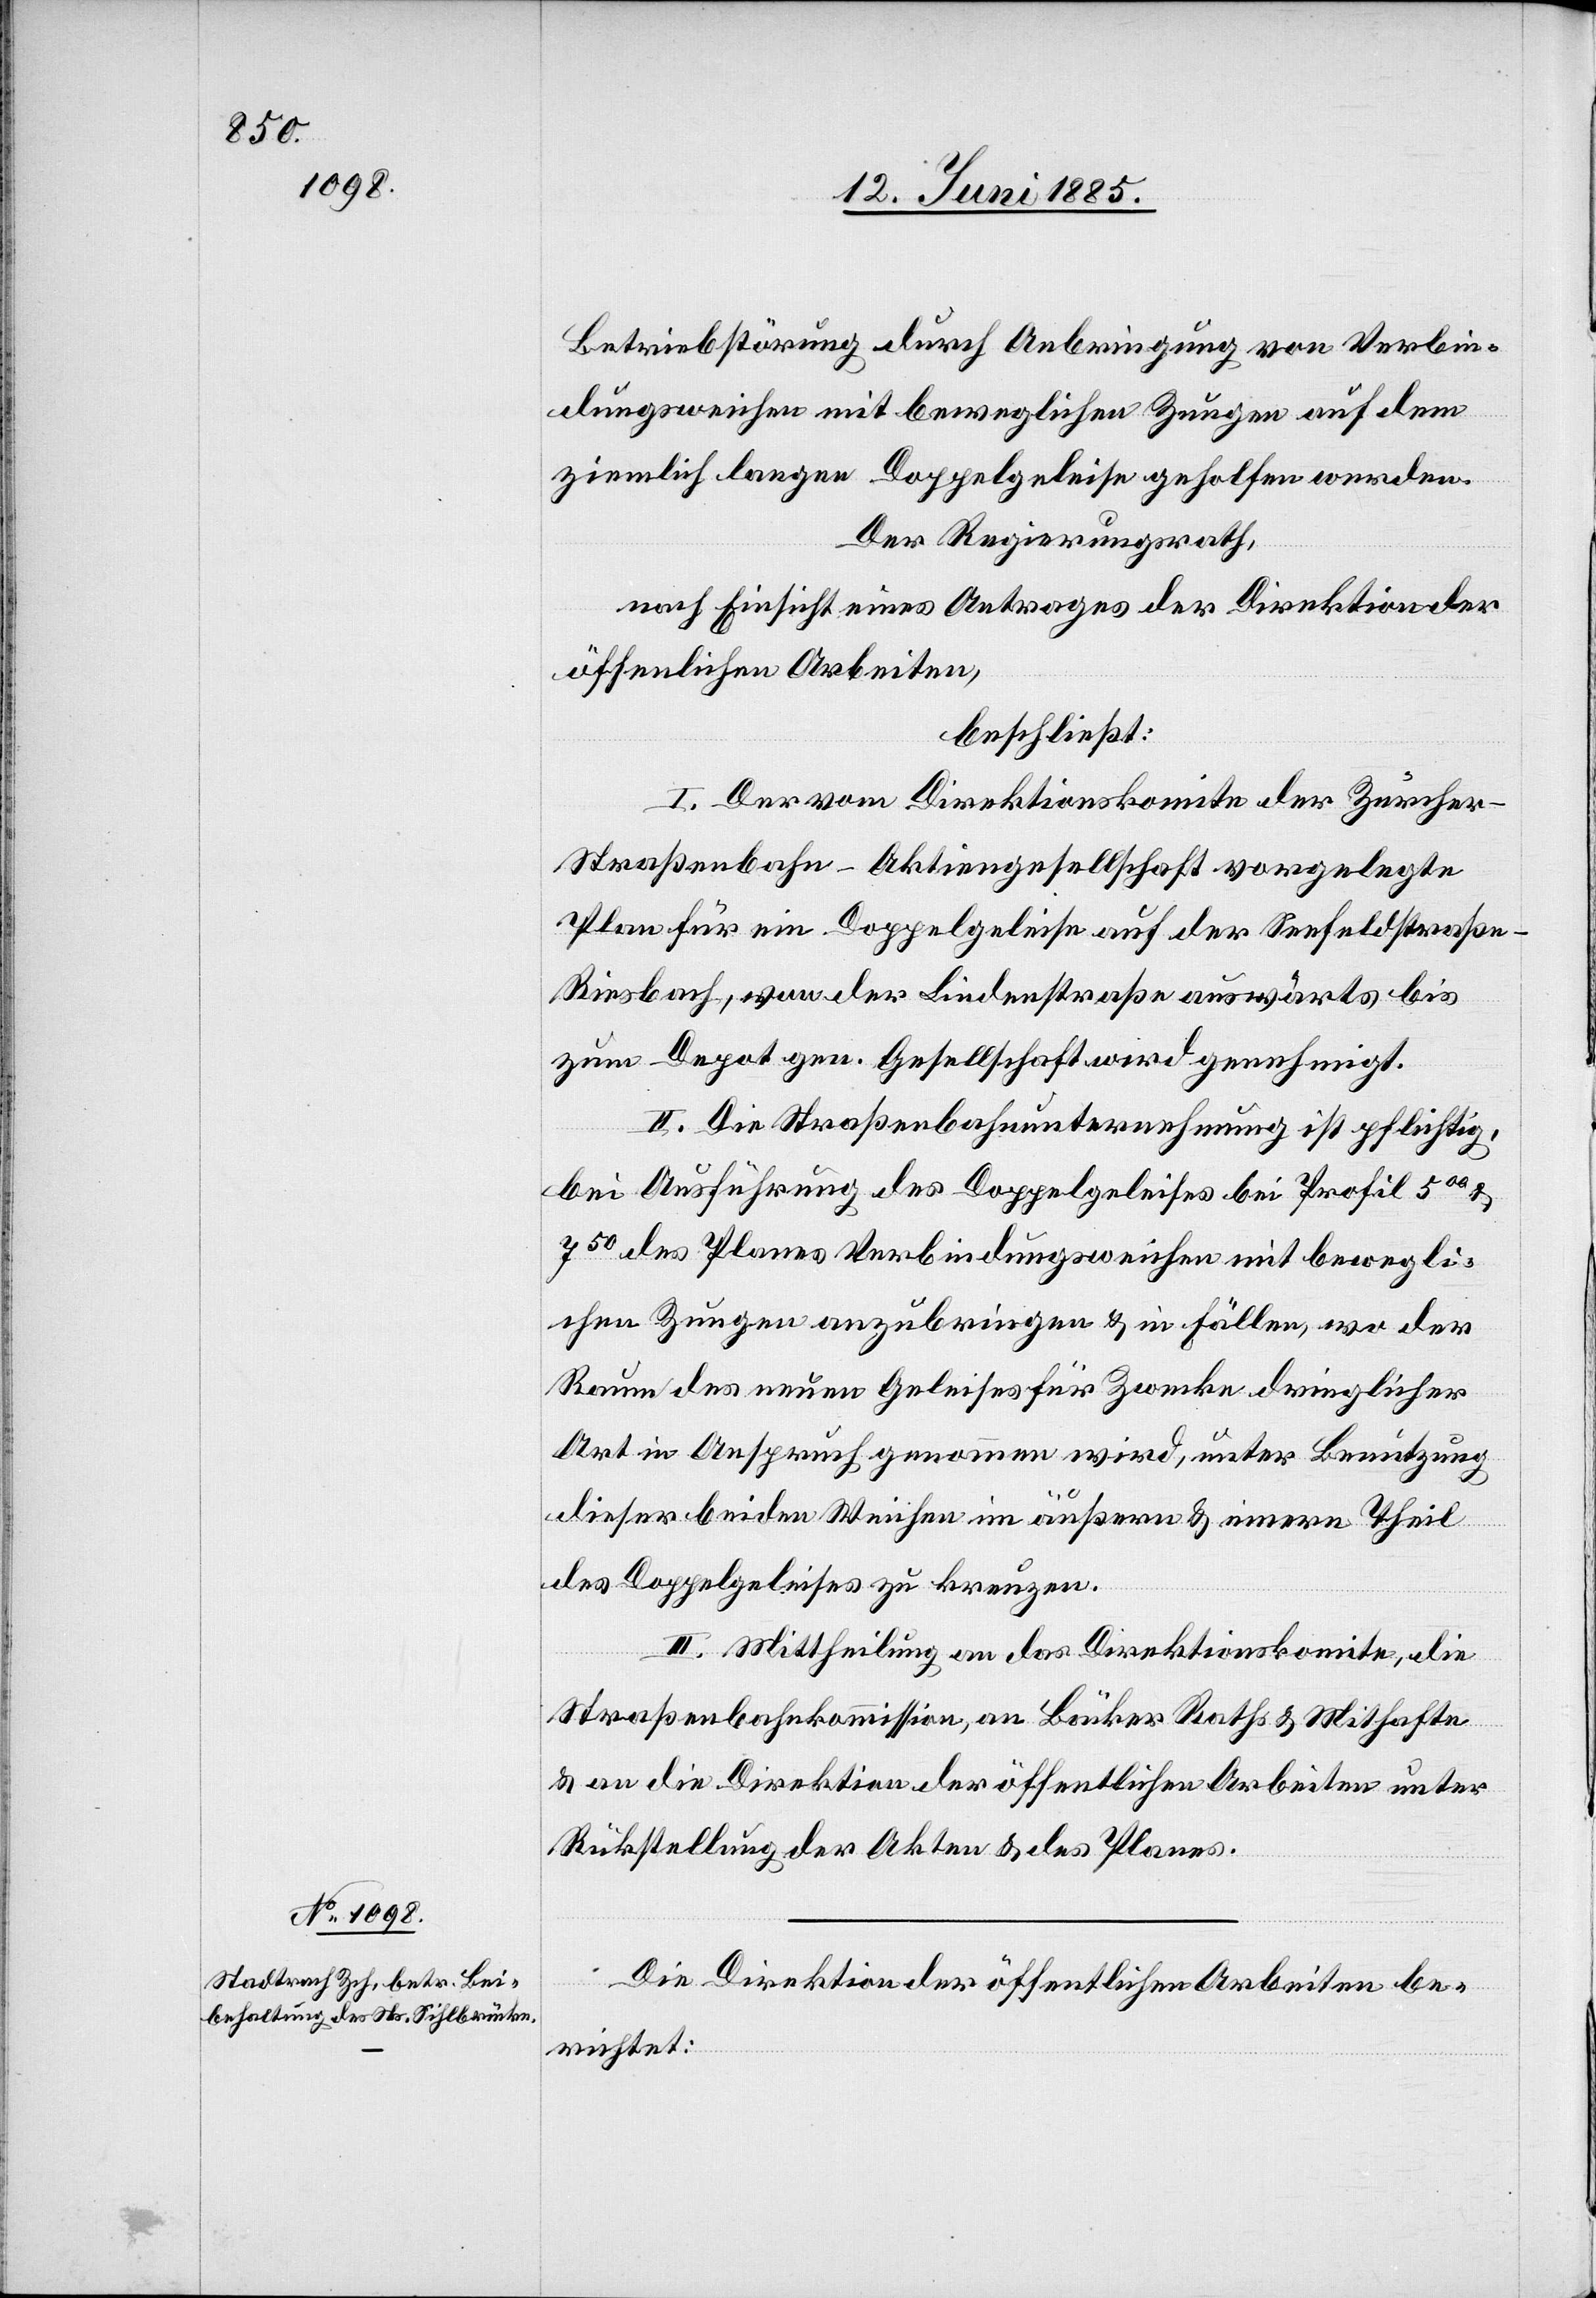
Betriebsstörung durch Anbringung von Verbin¬
dungsweichen mit beweglichen Zungen auf dem
ziemlich langen Doppelgeleise geholfen werden.
Der Regierungsrath,
nach Einsicht eines Antrages der Direktion der
öffentlichen Arbeiten,
beschließt:
I. Der vom Direktionskomite der Zürche¬
r-Straßenbahn-Aktiengesellschaft vorgelegte
Plan für ein Doppelgeleise auf der Seefeldstraße
Riesbach, von der Lindenstraße auswärts bis
zum Depot gen. Gesellschaft wird genehmigt.
II. Die Straßenbahnunternehmung ist pflichtig,
bei Ausführung des Doppelgeleises bei Profil 500
750 des Planes Verbindungsweichen mit bewegli¬
chen Zungen anzubringen & in Fällen, wo der
Raum des neuen Geleises für Zwecke dringlicher
Art in Anspruch genommen wird, unter Benutzung
dieser beiden Weichen im äußern & innern Theil
des Doppelgeleises zu kreuzen.
III. Mittheilung an das Direktionskomite, die
Straßenbahnkommission, an Bäcker Roth & Mithafte
& an die Direktion der öffentlichen Arbeiten unter
Rückstellung der Akten & des Planes.
Die Direktion der öffentlichen Arbeiten be¬
richtet: